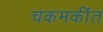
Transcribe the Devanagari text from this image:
चकमकींत